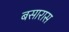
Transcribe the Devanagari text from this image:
बसारास